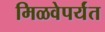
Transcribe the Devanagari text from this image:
मिळवेपर्यंत